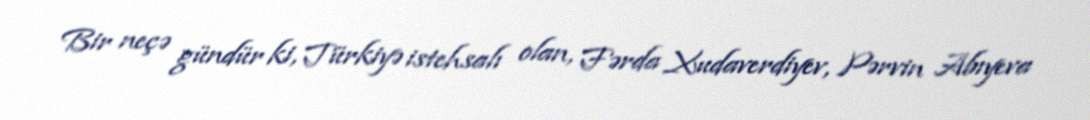
Bir neçə gündür ki, Türkiyə istehsalı olan, Fərda Xudaverdiyev, Pərvin Abıyeva